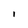
Character: l